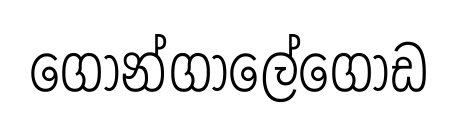
ගොන්ගාලේගොඩ